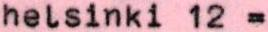
helsinki 12 =